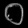
Digit: ၀